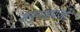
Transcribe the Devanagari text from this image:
अनुनाइयओ